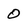
Character: 0